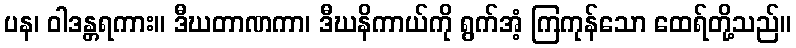
ပန၊ ဝါဒန္တရကား။ ဒီဃတာဏကာ၊ ဒီဃနိကာယ်ကို ရွက်အံ့ ကြကုန်သော ထေရ်တို့သည်။